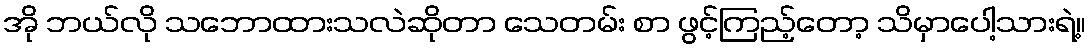
အို ဘယ်လို သဘောထားသလဲဆိုတာ သေတမ်း စာ ဖွင့်ကြည့်တော့ သိမှာပေါ့သားရဲ့။